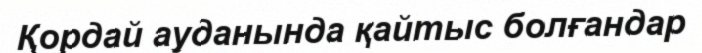
Қордай ауданында қайтыс болғандар